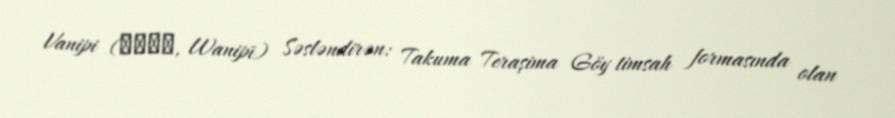
Vanipi (ワニピー, Wanipī) Səsləndirən: Takuma Teraşima Göy timsah formasında olan